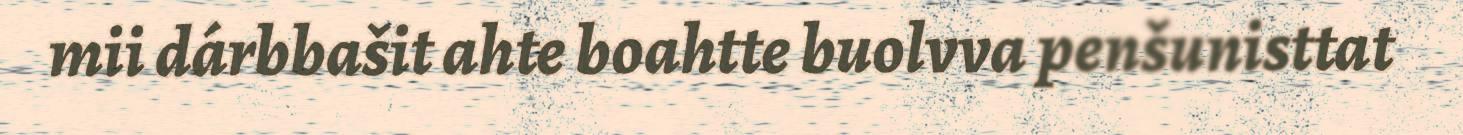
mii dárbbašit ahte boahtte buolvva penšunisttat